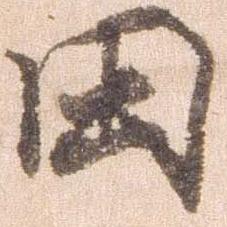
田